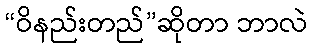
“ဝိနည်းတည်”ဆိုတာ ဘာလဲ